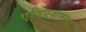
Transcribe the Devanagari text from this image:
एविएशनला